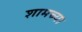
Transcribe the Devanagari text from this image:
शामच्या